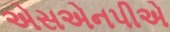
એસએનપીએ